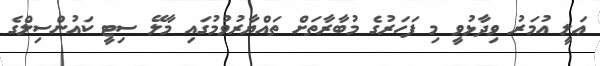
ޢަލީ އުމަރު ވިދާޅުވީ މި ފަހަރުގެ މުބާރާތަށް ތައްޔާރުވުމުގައި މާލޭ ސިޓީ ކައުންސިލްގެ